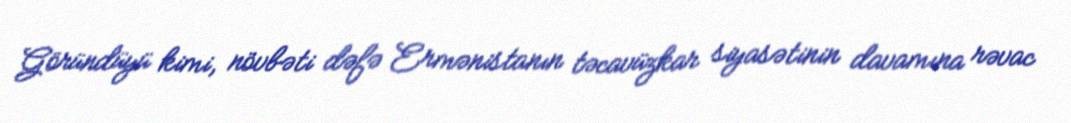
Göründüyü kimi, növbəti dəfə Ermənistanın təcavüzkar siyasətinin davamına rəvac